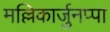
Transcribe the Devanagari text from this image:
मल्लिकार्जुनप्पा